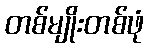
တစ်မျိုးတစ်ဖုံ